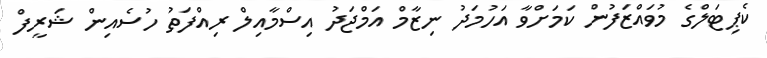
ކެޕިޓަލްގެ މުވައްޒަފުން ކަމަށްވާ އަހުމަދު ނިޒާމް އަމްޖަދު އިސްމާއިލް ރިއްފަތު ހުސެއިން ޝަރީފް